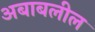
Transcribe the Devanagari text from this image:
अबाबलील